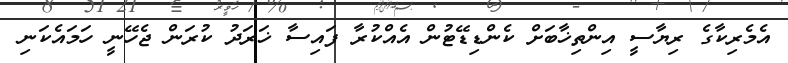
އެމެރިކާގެ ރިޔާސީ އިންތިޚާބަށް ކެންޑިޑޭޓުން އެއްކުރާ ފައިސާ ޚަރަދު ކުރަން ޖެހޭނީ ހަމައެކަނި